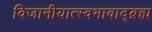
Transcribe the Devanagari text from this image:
विजानीयात्स्वभावाद्ब्रह्म